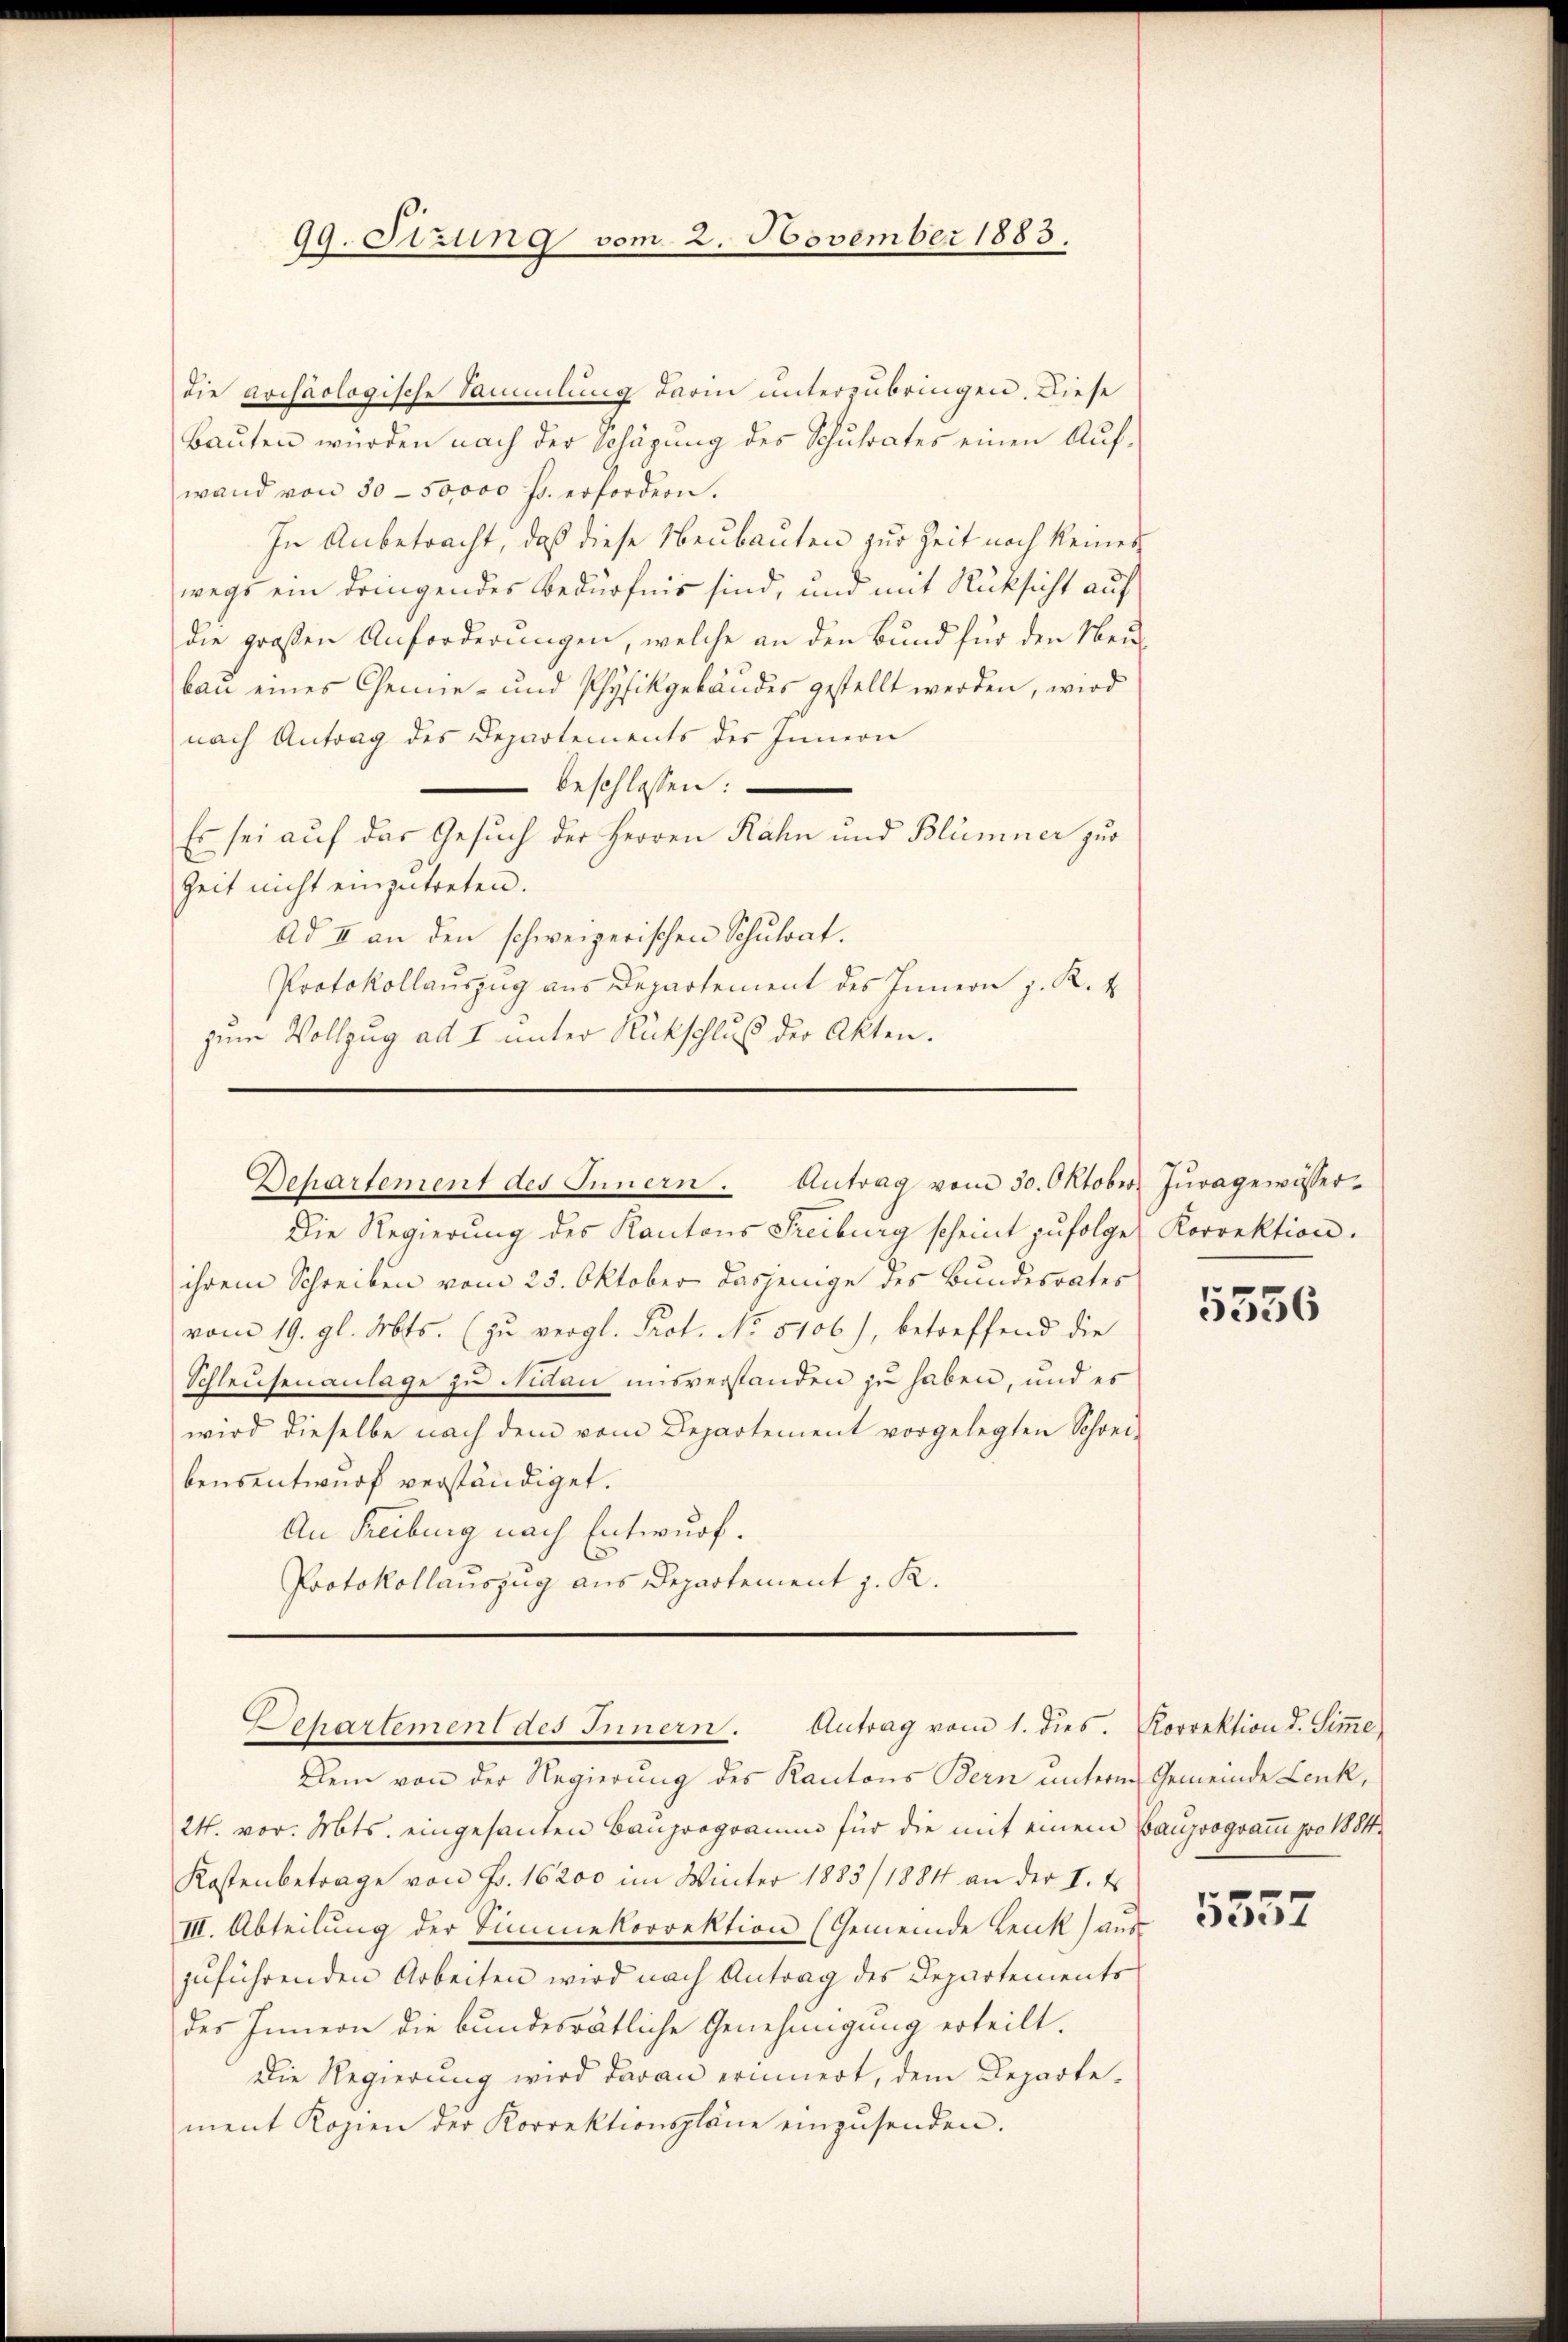
99. Sitzung vom 2. November 1883.

die archäologische Sammlung darin unterzubringen. Diese
Bauten würden nach der Schägung des Schulrates einen Aufwand von 30 - 50,000 fr. erfordern.
In Anbetracht, daß diese Neubauten zur Zeit noch keines
wegs ein dringendes Bedürfnis sind, und mit Rücksicht auf
die großen Anforderungen, welche an den Bund für den Neubau eines Chemie- und Physikgebäudes gestellt werden, wird
nach Antrag des Departements des Innern
beschlossen:
Es sei auf das Gesuch der Herren Rahn und Blümner zur
Zeit nicht einzutreten.
Ad II an den schweizerischen Schulrat.
Protokollauszug aus Departement des Innern z. R. 4
zum Vollzug ad I unter Rückschluß der Akten.
Die Regierung des Kantons Freiburg scheint zufolge, Korrektion.
ihrem Schreiben vom 25. Oktober dasjenige des Bundesrates
vom 19. gl. Mts. (zu vergl. Prot. No 5106), betreffend die
Schleusenanlage zu Nidau misverstanden zu haben, und es
wird dieselbe nach dem vom Departement vorgelegten Schrei-
bensentwurf verständiget.
An Freiburg nach Entwurf.
Protokollauszug aus Departement J. K.
Departement des Innern. Antrag vom 1. dies. Korrektion d. Siṁe
Dein von der Regierung des Kantons Bern unterm Gemeinde Lenk,
24. vor. Mts. eingesanten Bauprogramm für die mit einem Bauprogramm pro 1884.
Kostenbetrage von Fr. 16200 im Winter 1883/ 1884 an der I. Es
III. Abteilŭng der Timmekorrektion (Gemeinde Lenk aŭs
zuführenden Arbeiten wird nach Antrag des Departements
des Innern die bundesrätliche Genehmigung erteilt.
Die Regierung wird daran erinnert, dem Departement Kopien der Korrektionspläne einzŭsenden.

Departement des Innern. Antrag vom 30. Oktober. Jŭragewisser-

5556

5357